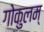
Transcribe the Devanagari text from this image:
गोकुलम्